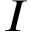
I